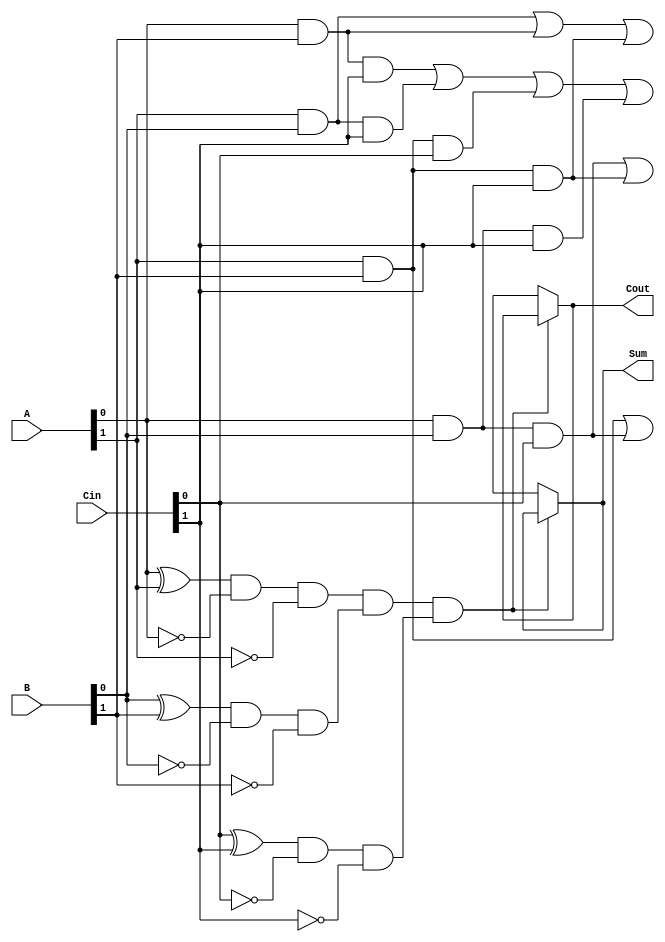
module dual_rail_full_adder (
    input  wire [1:0] A,    // Dual-rail representation of input A
    input  wire [1:0] B,    // Dual-rail representation of input B
    input  wire [1:0] Cin,   // Dual-rail representation of carry-in
    output wire [1:0] Sum,   // Dual-rail representation of the sum output
    output wire [1:0] Cout   // Dual-rail representation of the carry output
);

    // Validity checks to ensure that dual-rail inputs are not both active
    wire valid_A = (A[0] ^ A[1]) & ~A[0] & ~A[1]; // Only one of A[0] or A[1] should be active
    wire valid_B = (B[0] ^ B[1]) & ~B[0] & ~B[1]; // Only one of B[0] or B[1] should be active
    wire valid_Cin = (Cin[0] ^ Cin[1]) & ~Cin[0] & ~Cin[1]; // Only one of Cin[0] or Cin[1] should be active

    // Intermediate signals for the sum and the carry calculations
    wire A0 = A[0]; // A = 0
    wire A1 = A[1]; // A = 1
    wire B0 = B[0]; // B = 0
    wire B1 = B[1]; // B = 1
    wire Cin0 = Cin[0]; // Cin = 0
    wire Cin1 = Cin[1]; // Cin = 1

    // Compute the sum (S) and carry (Cout)
    wire S0, S1; // Intermediate sum outputs
    wire C0, C1; // Intermediate carry outputs

    // Logic for sum calculation: S = A  B  Cin
    assign S0 = (A0 & B0 & Cin0) | (A1 & B1 & Cin1); // Sum = 0
    assign S1 = (A0 & B1 & Cin1) | (A1 & B0 & Cin1) | (A1 & B1 & Cin0) | (A0 & B0 & Cin1); // Sum = 1

    // Logic for carry calculation: Cout = (A AND B) OR (Cin AND (A XOR B))
    assign C0 = (A1 & B1) | (Cin0 & (A0 & B0)); // Carry = 0
    assign C1 = (A1 & B0) | (A0 & B1) | (Cin1 & (A1 & B1)); // Carry = 1

    // Assign outputs based on computed values
    assign Sum = {S1, S0};
    assign Cout = {C1, C0};

    // Ensure that output is only valid when inputs are valid
    assign Sum = valid_A & valid_B & valid_Cin ? {S1, S0} : 2'bxx;
    assign Cout = valid_A & valid_B & valid_Cin ? {C1, C0} : 2'bxx;

endmodule